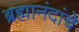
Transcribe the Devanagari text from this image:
ब्रह्मानंदांचे